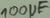
Text: 100µF